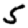
Digit: 5